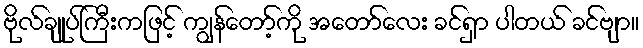
ဗိုလ်ချုပ်ကြီးကဖြင့် ကျွန်တော့်ကို အတော်လေး ခင်ရှာ ပါတယ် ခင်ဗျာ။